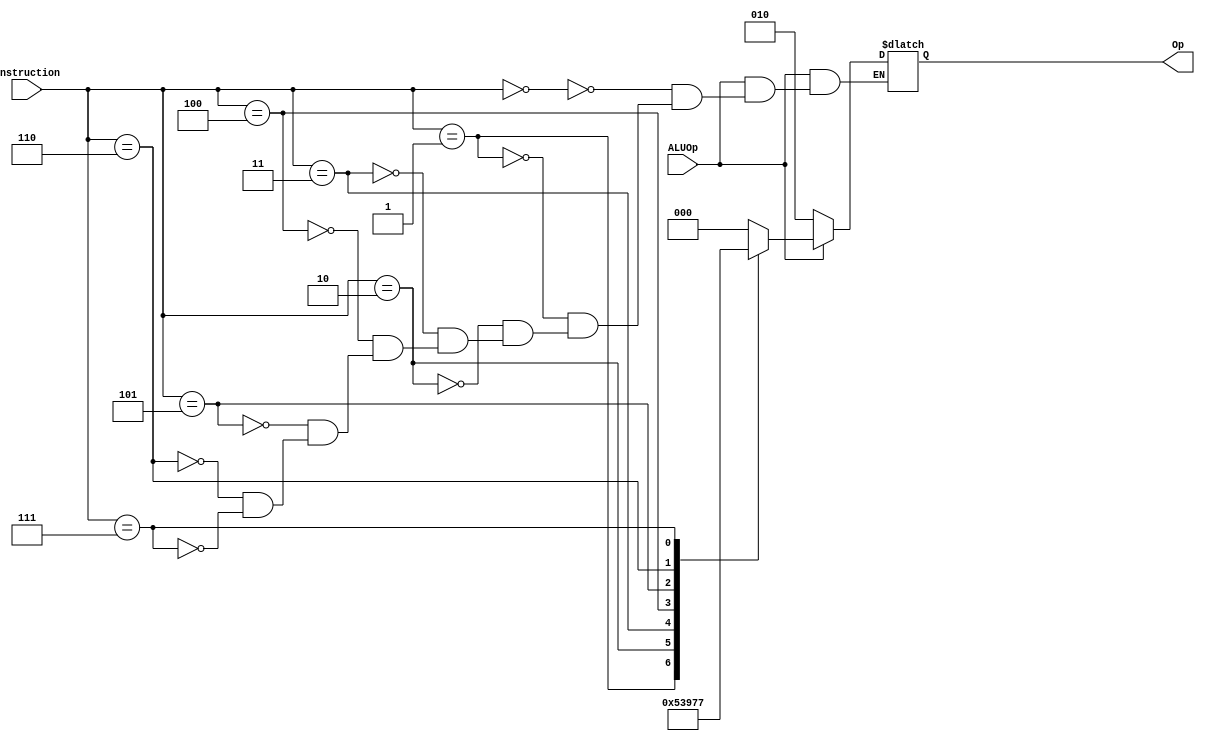
module ALUCTRL(instruction, ALUOp, Op);
input [5:0] instruction;
input ALUOp;
output reg [2:0]Op = 0;
   
   always@(instruction or ALUOp)
    if(ALUOp == 1)begin
        case(instruction)
            0: Op = 3'b000;
            1: Op = 3'b001;
            2: Op = 3'b010;
            3: Op = 3'b011;
            4: Op = 3'b100;
            5: Op = 3'b101;
            6: Op = 3'b110;
            7: Op = 3'b111;
        endcase
    end 
    else if(ALUOp == 0) begin
        Op = 3'b010;        //alu pass thru
    end
endmodule